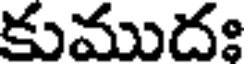
కుముదః